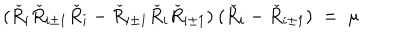
( \check { R } _ { i } \check { R } _ { i \pm 1 } \check { R } _ { i } - \check { R } _ { i \pm 1 } \check { R } _ { i } \check { R } _ { i \pm 1 } ) \: ( \check { R } _ { i } - \check { R } _ { i \pm 1 } ) \; = \; \mu